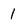
Character: 1